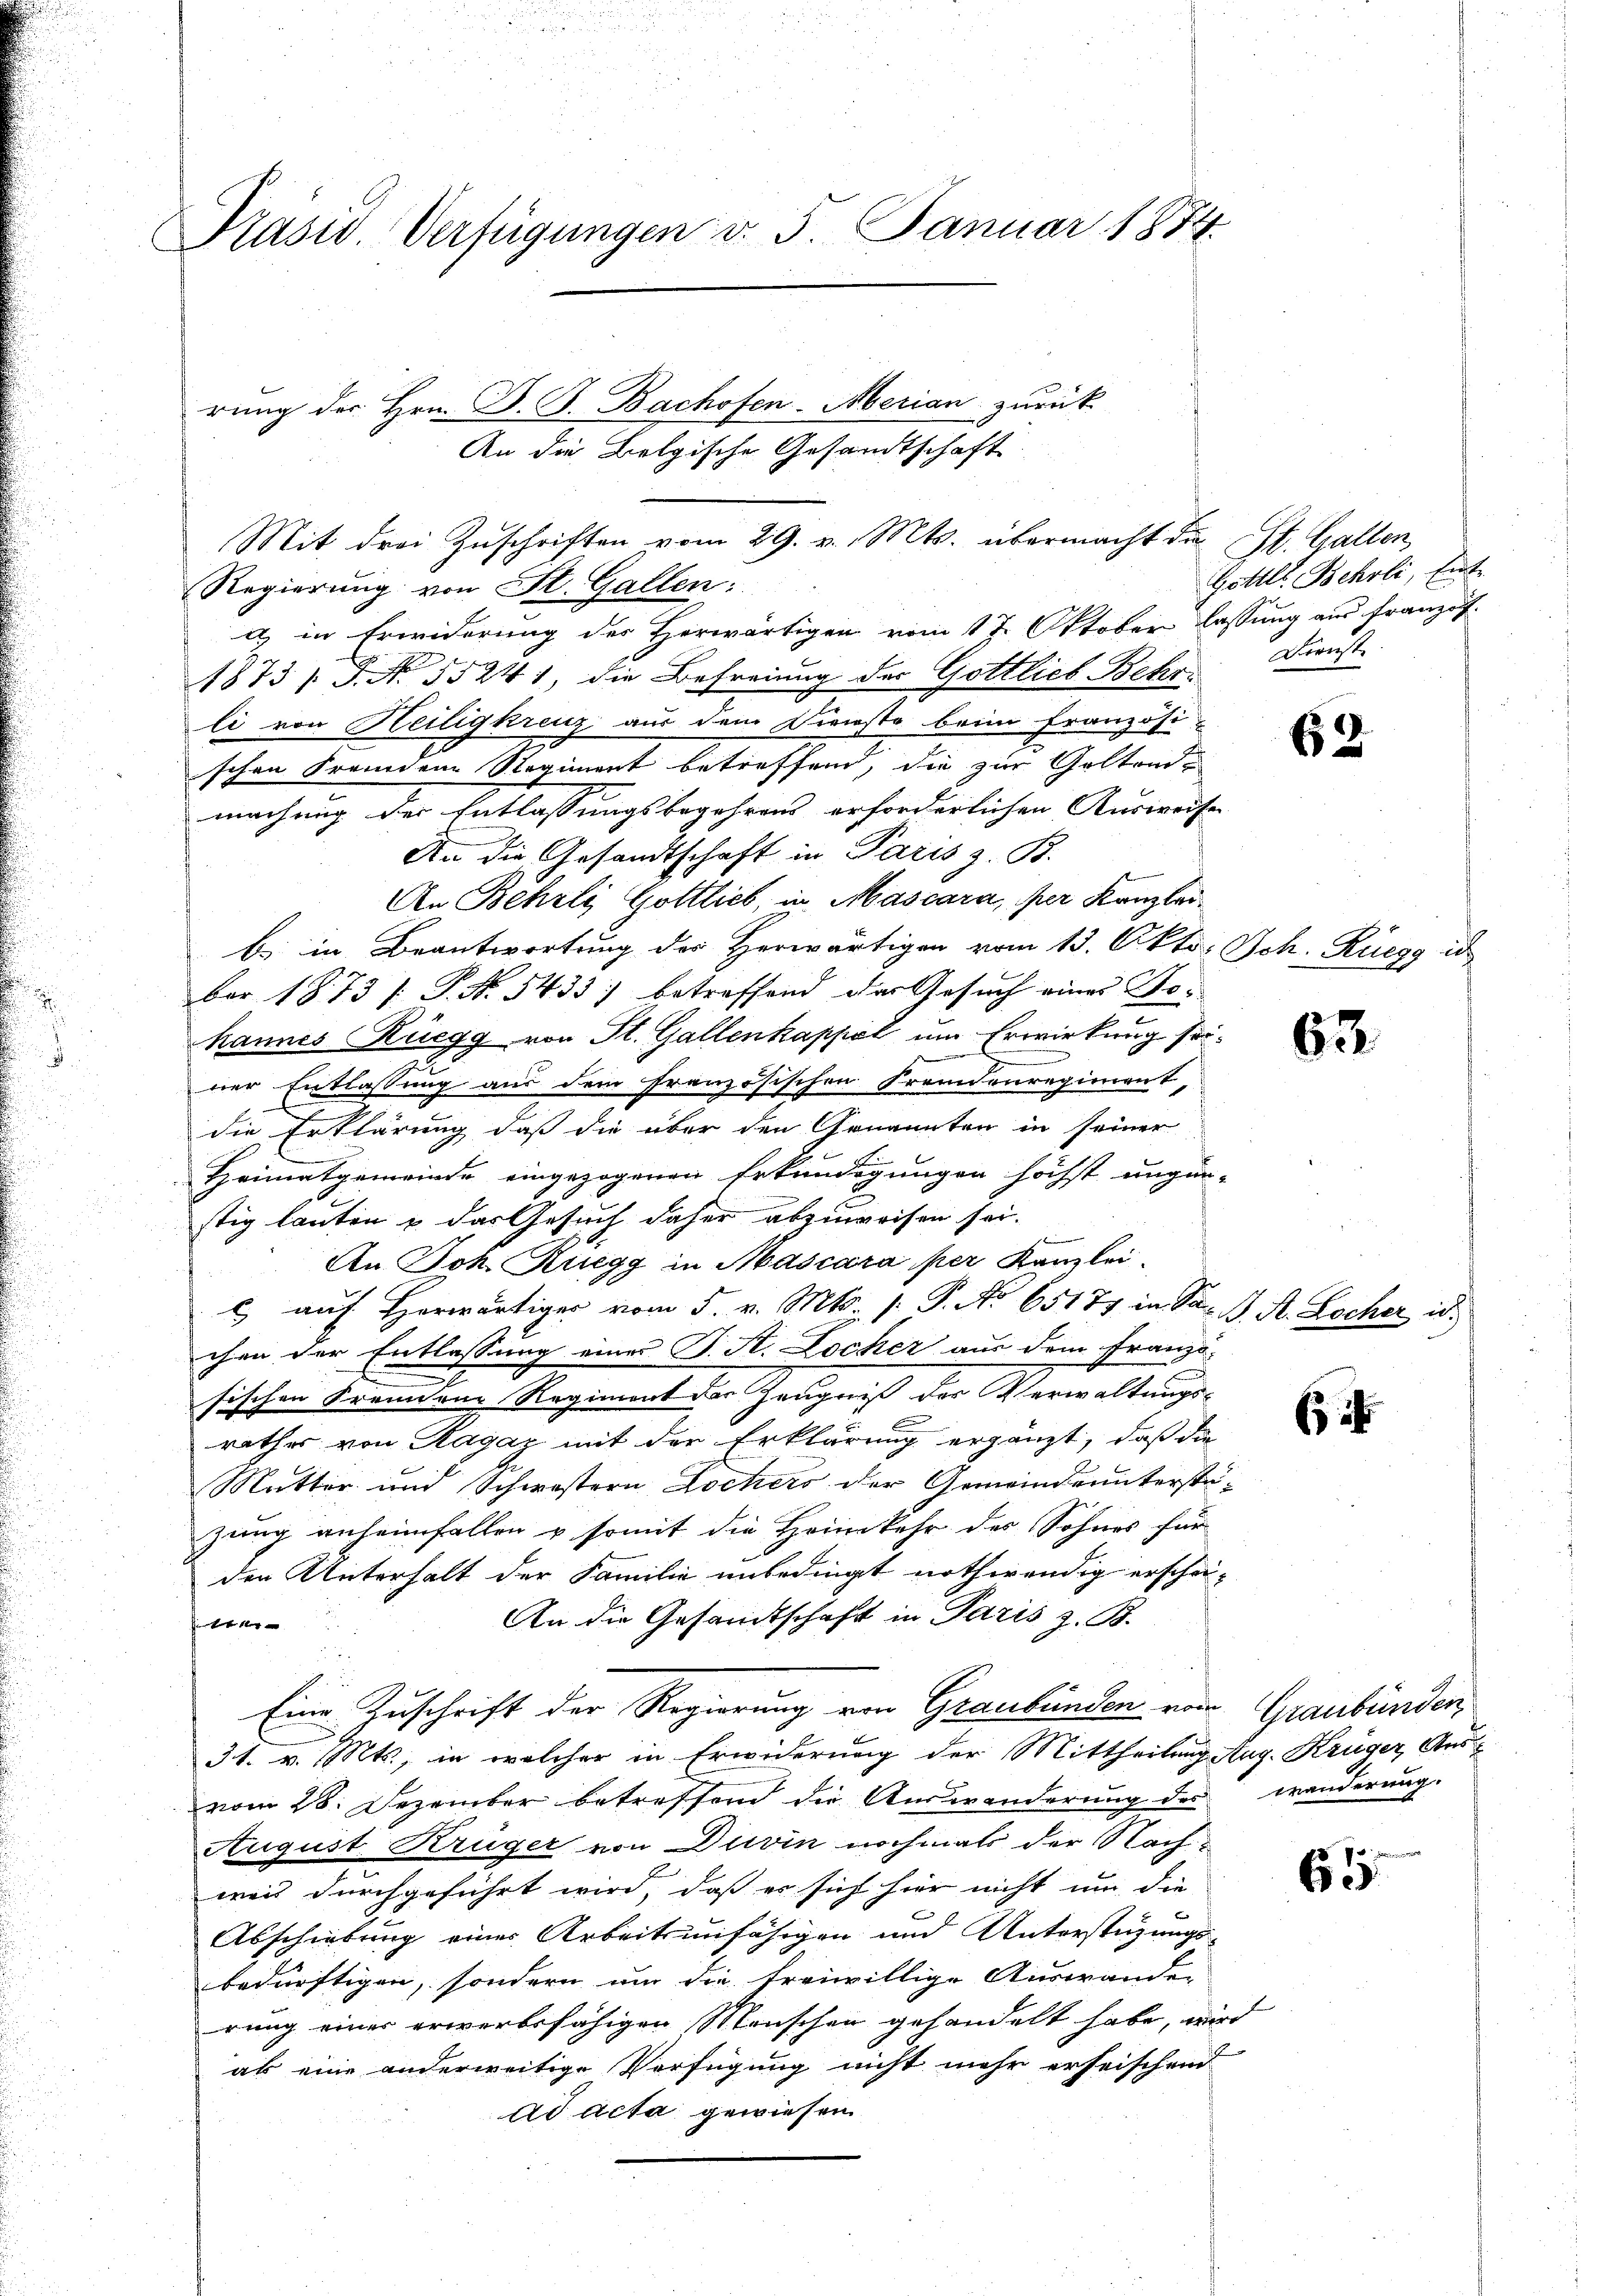
Präsid. Verfügungen v. 5. Januar 1874.

Mit drei Zuschriften vom 29. v. Mts. übermacht die St. Gallen,

Regierung von St. Gallen:
u in Erwiderung des Herwärtigen vom 17. Oktober lassung aus Franzof.
1873 / P. Nr. 55241, die Befreiung des Gottlieb Behr. Dienst
li von Heiligkreuz aus dem Dienste beim Französi-
schen Fremden Regiment betreffend, die zur Goltenmachung der Entlassungsbegehrens erforderlichen Ausweise
An die Gesandtschaft in Paris z. B.
An Beheli Gottlieb, in Mascara, per Kanzleib in Beantwortung der Herwärtigen vom 13. Okto. Sch. Ruegg is
ber 1873 [ P. N. 5433) betreffend das Gesuch eines Nohannes Rüegg von St. Gallenkappel um Erwirkung seiner Entlassung aus dem französischen Fremdenregiment,
die Erklärung daß die über den Genannten in seiner
Heimatgemeinde eingezogenen Erkundigungen höchst ungün-
stig lauten & das Gesuch daher abzuweisen sei.
An Joh. Ruegg in Mascara per Kanzlei
c auf Herwärtiger vom 5. v. Mts. 1. P. No 65177 in Sa- B. A. Locher is
chen der Entlassung einer J. A. Locker aus dem Franzo-
sischen Fremdenr Regiment der Zeugniß der Verwaltungs-
rathes von Ragaz mit der Erklärung ergänzt, daß die
Mutter und Schwestern Dochers der Gemeindrunterstüzung anheimfallen & somit die Heimkehr des Sohnes für
den Unterhalt der Familie unbedingt nothwendig erschei¬
An die Gesandtschaft in Paris z. B.
 f 16 x
Eine Zuschrift der Regierung von Graubünden von Graubünden,
31. v. Mts., in welcher in Erwiderung der Mittheilung Aug. Krüger, Ausvom 28. Dezember betreffend die Auswanderung des wanderung.
August, Krüger von Divin nochmals der Nachweis durchgeführt wird, daß er sich hier nicht um die
Abschiebung eines Arbeitsunfähigen und Unterstüzungs-
bedürftigen, sondern um die freiwillige Auswanden
rung einer erwerbsfähigen Menschen gehandelt habe, wird
als eine anderweitige Verfügung nicht mehr erheischend
ad acta gewiesen

rung der Hrn. B. J. Bachofen-Merian zurück
An die Belgische Gesandtschaft.

Gottl. Behrli, Ent

62

63.

615